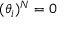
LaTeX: ( \theta _ { i } ) ^ { N } = 0